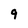
Character: 9